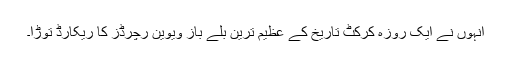
انہوں نے ایک روزہ کرکٹ تاریخ کے عظیم ترین بلے باز ویوین رچرڈز کا ریکارڈ توڑا۔